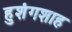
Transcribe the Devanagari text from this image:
हुशंगशाह